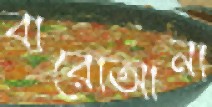
বারোআনা